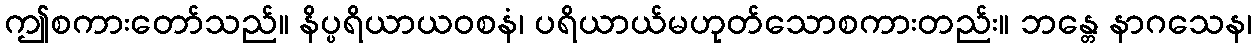
ဤစကားတော်သည်။ နိပ္ပရိယာယဝစနံ၊ ပရိယာယ်မဟုတ်သောစကားတည်း။ ဘန္တေ နာဂသေန၊